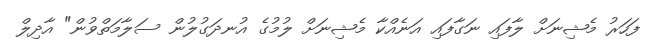
ފަހަރު މެޝިނަށް ލާފައި ނަގާފައި އަނެއްކާ މެޝިނަށް ލުމުގެ އުނދަގުލުން ސަލާމަތްވުން" އާދިލް